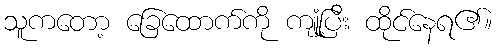
သူကတော့ ခြေထောက်ကို ကျုံ့ပြီး ထိုင်နေရ၏။